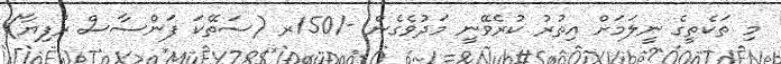
މި ތަކެތީގެ ނީލަމަށް އިތުރު ކުރެވޭނީ މަދުވެގެން -/150ރ (ސަތޭކަ ފަންސާސް ރުފިޔާ)